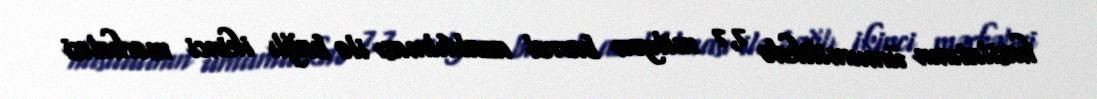
hasilatının ümumilikdə 7,7 milyon barrel azaldılması ilə bağlı ikinci mərhələsi